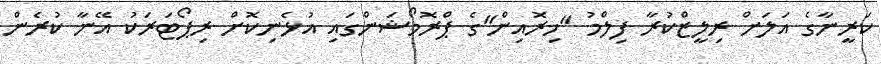
ކަރީނާގެ އަލަށް ރިލީޒްކުރާ ފިލްމު "ހިރޮއިން"ގެ ޕްރޮމޯޝަންގައި އުޅެނިކޮށް ރިޕޯޓަރަކު އޭނާ ކުރެން